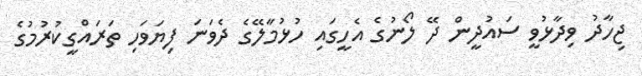
ޖިހާދު ވިދާޅުވީ ސައުދީން ދޭ ލޯނުގެ އެހީގައި ހުޅުމާލޭގެ ދެވަނަ ފިޔަވަހި ތަރައްގީކުރުމުގެ